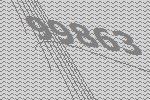
99863